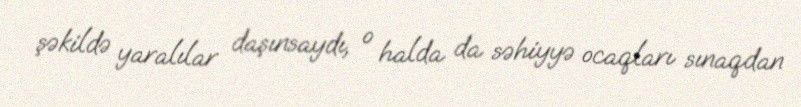
şəkildə yaralılar daşınsaydı, o halda da səhiyyə ocaqları sınaqdan